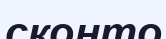
сконто